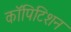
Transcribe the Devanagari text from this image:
कॉपिटिशन